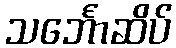
သင်္ဘောဆိပ်